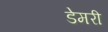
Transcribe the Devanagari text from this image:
डेमरी